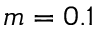
m = 0 . 1